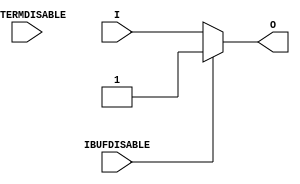
module IBUF_INTERMDISABLE (O, I, IBUFDISABLE, INTERMDISABLE);

    parameter IBUF_LOW_PWR = "TRUE";
    parameter IOSTANDARD = "DEFAULT";
    parameter SIM_DEVICE = "7SERIES";
    parameter USE_IBUFDISABLE = "TRUE";
`ifdef XIL_TIMING
    parameter LOC = "UNPLACED";
`endif // `ifdef XIL_TIMING
    
    output O;

    input  I;
    input  IBUFDISABLE;
    input  INTERMDISABLE;

// define constants
  localparam MODULE_NAME = "IBUF_INTERMDISABLE";

    wire out_val;
    initial begin
	

        case (IBUF_LOW_PWR)

            "FALSE", "TRUE" : ;
            default : begin
                          $display("Attribute Syntax Error : The attribute IBUF_LOW_PWR on IBUF_INTERMDISABLE instance %m is set to %s.  Legal values for this attribute are TRUE or FALSE.", IBUF_LOW_PWR);
                          #1 $finish;
                      end

        endcase

        if ((SIM_DEVICE != "7SERIES") &&
         (SIM_DEVICE != "ULTRASCALE") &&
         (SIM_DEVICE != "VERSAL_AI_CORE") &&
         (SIM_DEVICE != "VERSAL_AI_CORE_ES1") &&
         (SIM_DEVICE != "VERSAL_AI_CORE_ES2") &&
         (SIM_DEVICE != "VERSAL_AI_EDGE") &&
         (SIM_DEVICE != "VERSAL_AI_EDGE_ES1") &&
         (SIM_DEVICE != "VERSAL_AI_EDGE_ES2") &&
         (SIM_DEVICE != "VERSAL_AI_RF") &&
         (SIM_DEVICE != "VERSAL_AI_RF_ES1") &&
         (SIM_DEVICE != "VERSAL_AI_RF_ES2") &&
         (SIM_DEVICE != "VERSAL_HBM") &&
         (SIM_DEVICE != "VERSAL_HBM_ES1") &&
         (SIM_DEVICE != "VERSAL_HBM_ES2") &&
         (SIM_DEVICE != "VERSAL_PREMIUM") &&
         (SIM_DEVICE != "VERSAL_PREMIUM_ES1") &&
         (SIM_DEVICE != "VERSAL_PREMIUM_ES2") &&
         (SIM_DEVICE != "VERSAL_PRIME") &&
         (SIM_DEVICE != "VERSAL_PRIME_ES1") &&
         (SIM_DEVICE != "VERSAL_PRIME_ES2")) begin
      $display("Error: [Unisim %s-103] SIM_DEVICE attribute is set to %s.  Legal values for this attribute are 7SERIES, ULTRASCALE, VERSAL_AI_CORE, VERSAL_AI_CORE_ES1, VERSAL_AI_CORE_ES2, VERSAL_AI_EDGE, VERSAL_AI_EDGE_ES1, VERSAL_AI_EDGE_ES2, VERSAL_AI_RF, VERSAL_AI_RF_ES1, VERSAL_AI_RF_ES2, VERSAL_HBM, VERSAL_HBM_ES1, VERSAL_HBM_ES2, VERSAL_PREMIUM, VERSAL_PREMIUM_ES1, VERSAL_PREMIUM_ES2, VERSAL_PRIME, VERSAL_PRIME_ES1 or VERSAL_PRIME_ES2. Instance: %m", MODULE_NAME, SIM_DEVICE);
         #1 $finish;
    end
    end
   generate
       case (SIM_DEVICE)
         "7SERIES" : begin
                        assign out_val = 1'b1;
                     end
         default : begin
                        assign out_val = 1'b0;
                     end
        endcase
   endgenerate

    generate
       case (USE_IBUFDISABLE)
          "TRUE" :  begin
                        assign O = (IBUFDISABLE == 0)? I : (IBUFDISABLE == 1)? out_val  : 1'bx;
                    end
          "FALSE" : begin
                        assign O = I;
                    end
       endcase
    endgenerate

`ifdef XIL_TIMING
    specify

        (I => O) 		= (0:0:0,  0:0:0);
        (IBUFDISABLE => O)	= (0:0:0,  0:0:0);
        (INTERMDISABLE => O)	= (0:0:0,  0:0:0);

        specparam PATHPULSE$ = 0;

    endspecify
`endif // `ifdef XIL_TIMING

endmodule